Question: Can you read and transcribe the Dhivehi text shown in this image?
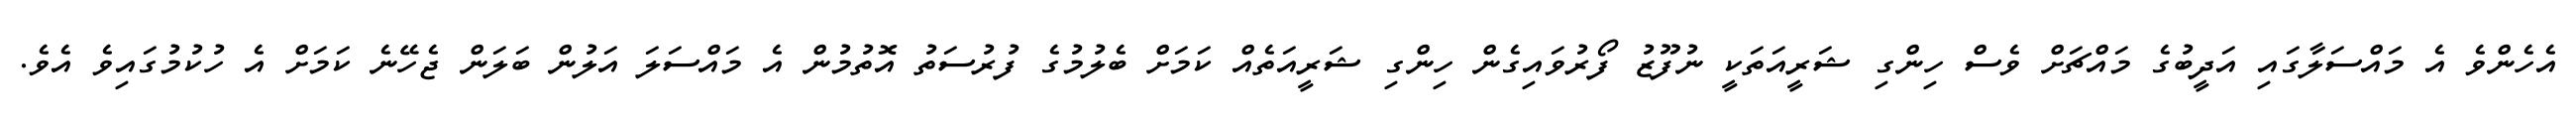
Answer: އެހެންވެ އެ މައްސަލާގައި އަދީބުގެ މައްޗަށް ވެސް ހިންގި ޝަރީއަތަކީ ނުފޫޒު ފޯރުވައިގެން ހިންގި ޝަރީއަތެއް ކަމަށް ބެލުމުގެ ފުރުސަތު އޮތުމުން އެ މައްސަލަ އަލުން ބަލަން ޖެހޭނެ ކަމަށް އެ ހުކުމުގައިވެ އެވެ.